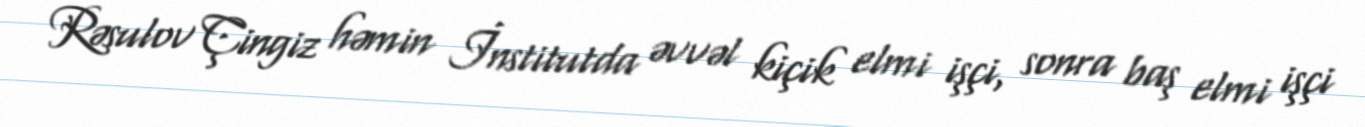
Rəsulov Çingiz həmin İnstitutda əvvəl kiçik elmi işçi, sonra baş elmi işçi